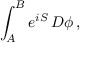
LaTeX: \int _ { A } ^ { B } e ^ { i S } \, D \phi \, ,